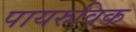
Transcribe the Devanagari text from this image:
पायरुविक